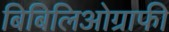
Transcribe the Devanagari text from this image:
बिबिलिओग्राफी